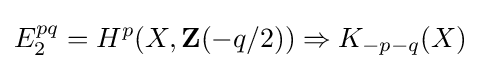
E_{2}^{pq}=H^{p}(X,\mathbf {Z} (-q/2))\Rightarrow K_{-p-q}(X)